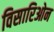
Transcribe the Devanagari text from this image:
विसारिओन